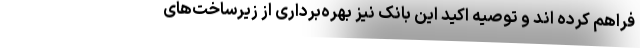
فراهم کرده اند و توصیه اکید این بانک نیز بهره‌برداری از زیرساخت‌های